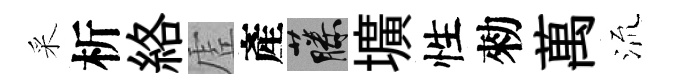
采析絡虗產藤壙性勑萬𣴑